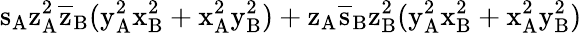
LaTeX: \mathrm{s_{A}\mathrm{z_{A}^{2}\mathrm{\overline{{z}}_{B}(\mathrm{y_{A}^{2}\mathrm{x_{B}^{2}+\mathrm{x_{A}^{2}\mathrm{y_{B}^{2})+\mathrm{z_{A}\mathrm{\overline{{s}}_{B}\mathrm{z_{B}^{2}(\mathrm{y_{A}^{2}\mathrm{x_{B}^{2}+\mathrm{x_{A}^{2}\mathrm{y_{B}^{2})}}}}}}}}}}}}}}